Source: Handwritten
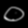
Digit: ၀ (0)